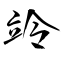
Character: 竛